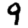
Digit: 9